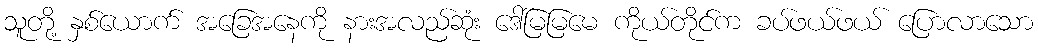
သူတို့ နှစ်ယောက် အခြေအနေကို နားအလည်ဆုံး ဒေါ်မြမြမေ ကိုယ်တိုင်က ခပ်ဖယ်ဖယ် ပြောလာသော